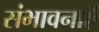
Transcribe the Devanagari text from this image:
संभावनाऍं